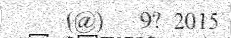
(@)   9? 2015